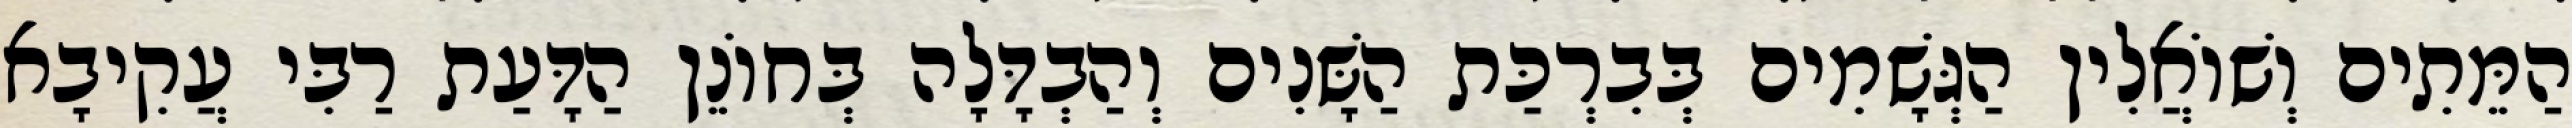
הַמֵּתִים וְשׁוֹאֲלִין הַגְּשָׁמִים בְּבִרְכַּת הַשָּׁנִים וְהַבְדָּלָה בְּחוֹנֵן הַדָּעַת רַבִּי עֲקִיבָא